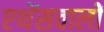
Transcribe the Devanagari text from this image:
एथेंसवालों